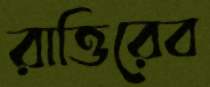
রাত্তিরেব